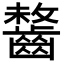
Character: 𪘻